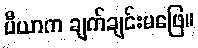
ပီယာက ချက်ချင်းမဖြေ။